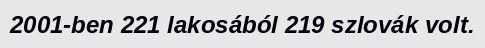
2001-ben 221 lakosából 219 szlovák volt.